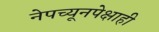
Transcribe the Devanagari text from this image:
नेपच्यूनपेक्षाही